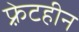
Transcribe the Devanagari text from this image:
फ़्रेटहीन